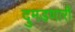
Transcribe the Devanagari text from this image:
दुमडणारी